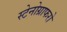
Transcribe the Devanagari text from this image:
स्टेनोग्राफरो